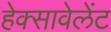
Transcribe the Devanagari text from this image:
हेक्सावेलेंट